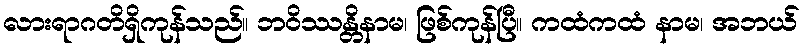
လားရာဂတိရှိကုန်သည်။ ဘဝိဿန္တိနာမ၊ ဖြစ်ကုန်ပြီ။ ကထံကထံ နာမ၊ အဘယ်